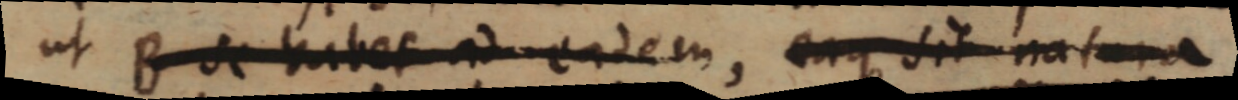
ut B se habet ad eadem, eaque sit natura